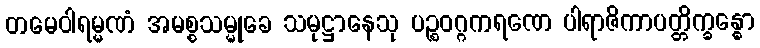
တမေဝါရမ္မဏံ အမစ္စသမ္မုခေ သမုဋ္ဌာနေသု ပဉ္စဝဂ္ဂကရဏေ ပါရာဇိကာပတ္တိက္ခန္ဓော